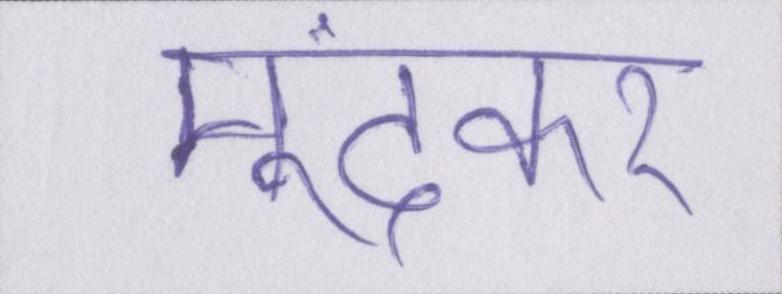
मूंदकर